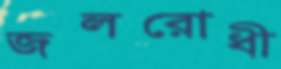
জলরোধী